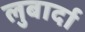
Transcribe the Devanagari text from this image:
लुबार्दा